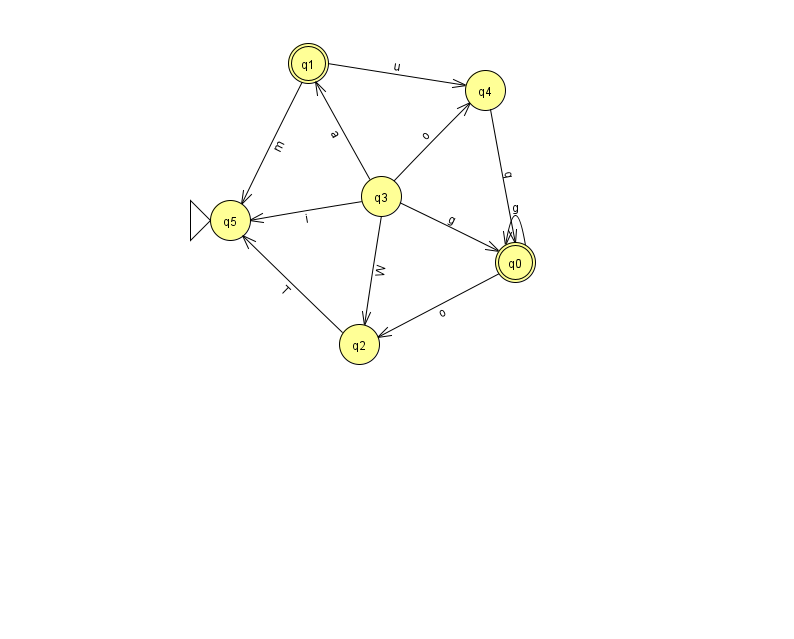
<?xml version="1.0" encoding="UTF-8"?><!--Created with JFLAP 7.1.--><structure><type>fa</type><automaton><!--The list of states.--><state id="0" name="q0"><x>515.0</x><y>249.0</y><final/></state><state id="1" name="q1"><x>308.0</x><y>50.0</y><final/></state><state id="2" name="q2"><x>359.0</x><y>331.0</y></state><state id="3" name="q3"><x>381.0</x><y>183.0</y></state><state id="4" name="q4"><x>485.0</x><y>77.0</y></state><state id="5" name="q5"><x>230.0</x><y>207.0</y><initial/></state><!--The list of transitions.--><transition><from>2</from><to>5</to><read>T</read></transition><transition><from>0</from><to>2</to><read>o</read></transition><transition><from>3</from><to>1</to><read>a</read></transition><transition><from>1</from><to>4</to><read>u</read></transition><transition><from>1</from><to>5</to><read>m</read></transition><transition><from>3</from><to>0</to><read>g</read></transition><transition><from>3</from><to>5</to><read>i</read></transition><transition><from>0</from><to>0</to><read>g</read></transition><transition><from>4</from><to>0</to><read>q</read></transition><transition><from>3</from><to>4</to><read>o</read></transition><transition><from>3</from><to>2</to><read>W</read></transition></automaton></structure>